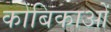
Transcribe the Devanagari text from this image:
कोबिकाओं